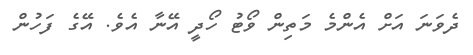
ދެވަނަ އަށް އެންމެ މަތިން ވޯޓު ހޯދީ އޭނާ އެވެ. އޭގެ ފަހުން